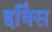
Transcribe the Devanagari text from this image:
इविंस